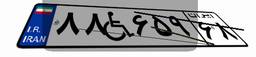
۸۸W۶۵۹۶۸